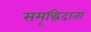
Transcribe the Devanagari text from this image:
समृद्धिदाता